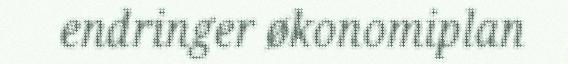
endringer økonomiplan